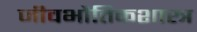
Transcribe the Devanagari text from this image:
जीवभौतिकशास्त्र